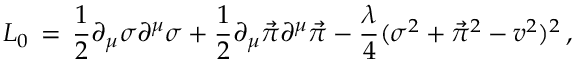
{ \cal L } _ { 0 } \, = \, { \frac { 1 } { 2 } } \partial _ { \mu } \sigma \partial ^ { \mu } \sigma + { \frac { 1 } { 2 } } \partial _ { \mu } { \vec { \pi } } \partial ^ { \mu } { \vec { \pi } } - { \frac { \lambda } { 4 } } ( \sigma ^ { 2 } + { \vec { \pi } } ^ { 2 } - v ^ { 2 } ) ^ { 2 } \, ,